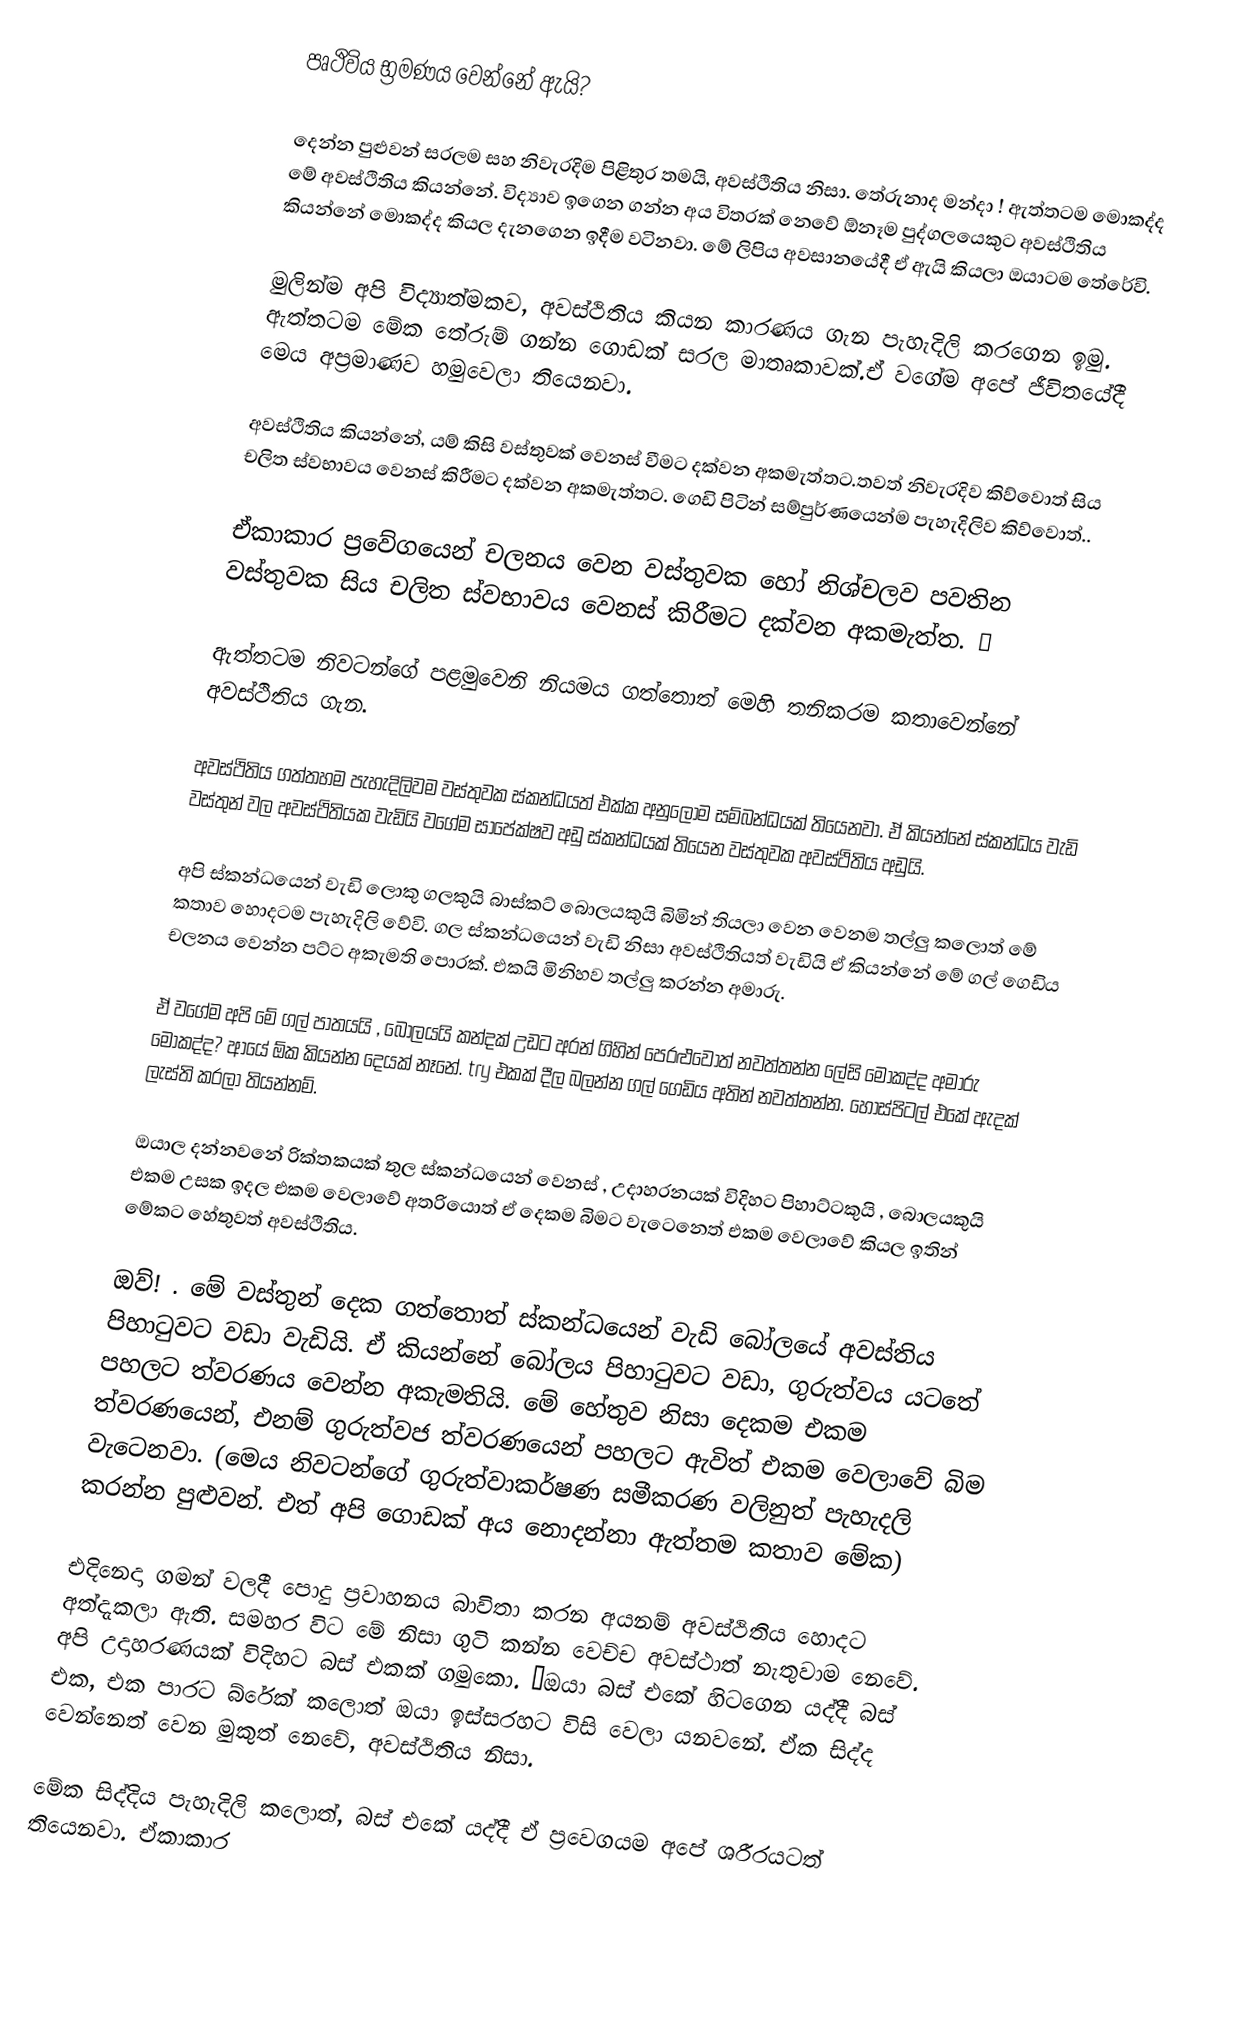
පෘථිවිය භ්‍රමණය වෙන්නේ ඇයි?

දෙන්න පුළුවන් සරලම සහ නිවැරදිම පිළිතුර තමයි, අවස්ථිතිය නිසා. තේරුනාද මන්දා ! ඇත්තටම මොකද්ද මේ අවස්ථිතිය කියන්නේ. විද්‍යාව ඉගෙන ගන්න අය විතරක් නෙවේ ඕනෑම පුද්ගලයෙකුට අවස්ථිතිය කියන්නේ මොකද්ද කියල දැනගෙන ඉදීම වටිනවා. මේ ලිපිය අවසානයේදී ඒ ඇයි කියලා ඔයාටම තේරේවි.

මුලින්ම අපි විද්‍යාත්මකව, අවස්ථිතිය කියන කාරණය ගැන පැහැදිලි කරගෙන ඉමු. ඇත්තටම මේක තේරුම් ගන්න ගොඩක් සරල මාතෘකාවක්.ඒ වගේම අපේ ජීවිතයේදී මෙය අප්‍රමාණව හමුවෙලා තියෙනවා.

අවස්ථිතිය කියන්නේ, යම් කිසි වස්තුවක් වෙනස් වීමට දක්වන අකමැත්තට.තවත් නිවැරදිව කිව්වොත් සිය චලිත ස්වභාවය වෙනස් කිරීමට දක්වන අකමැත්තට. ගෙඩි පිටින් සම්පුර්ණයෙන්ම පැහැදිලිව කිව්වොත්..

ඒකාකාර ප්‍රවේගයෙන් චලනය වෙන වස්තුවක හෝ නිශ්චලව පවතින වස්තුවක සිය චලිත ස්වභාවය වෙනස් කිරීමට දක්වන අකමැත්ත. ✍

ඇත්තටම නිවටන්ගේ පළමුවෙනි නියමය ගත්තොත් මෙහි තනිකරම කතාවෙන්නේ අවස්ථිතිය ගැන.

අවස්ථිතිය ගත්තහම පැහැදිලිවම වස්තුවක ස්කන්ධයත් එක්ක අනුලෝම සම්බන්ධයක් තියෙනවා. ඒ කියන්නේ ස්කන්ධය වැඩි වස්තුන් වල අවස්ථිතියක වැඩියි වගේම සාපේක්ෂව අඩු ස්කන්ධයක් තියෙන වස්තුවක අවස්ථිතිය අඩුයි.

අපි ස්කන්ධයෙන් වැඩි ලොකු ගලකුයි බාස්කට් බොලයකුයි බිමින් තියලා වෙන වෙනම තල්ලු කලොත් මේ කතාව හොදටම පැහැදිලි වේවි. ගල ස්කන්ධයෙන් වැඩි නිසා අවස්ථිතියත් වැඩියි ඒ කියන්නේ මේ ගල් ගෙඩිය චලනය වෙන්න පට්ට අකැමති පොරක්. එකයි මිනිහව තල්ලු කරන්න අමාරු.

ඒ වගේම අපි මේ ගල් පාතයයි , බෝලයයි කන්දක් උඩට අරන් ගිහින් පෙරළුවොත් නවත්තන්න ලේසි මොකද්ද අමාරු මොකද්ද? ආයේ ඕක කියන්න දෙයක් නෑනේ. try එකක් දීල බලන්න ගල් ගෙඩිය අතින් නවත්තන්න. හොස්පිටල් එකේ ඇදක් ලැස්ති කරලා තියන්නම්.

ඔයාල දන්නවනේ රික්තකයක් තුල ස්කන්ධයෙන් වෙනස් , උදාහරනයක් විදිහට පිහාට්ටකුයි , බොලයකුයි එකම උසක ඉදල එකම වෙලාවේ අතරියොත් ඒ දෙකම බිමට වැටෙනෙත් එකම වෙලාවේ කියල ඉතින් මේකට හේතුවත් අවස්ථිතිය.

ඔව්! . මේ වස්තුන් දෙක ගත්තොත් ස්කන්ධයෙන් වැඩි බෝලයේ අවස්තිය පිහාටුවට වඩා වැඩියි. ඒ කියන්නේ බෝලය පිහාටුවට වඩා, ගුරුත්වය යටතේ පහලට ත්වරණය වෙන්න අකැමතියි. මේ හේතුව නිසා දෙකම එකම ත්වරණයෙන්, එනම් ගුරුත්වජ ත්වරණයෙන් පහලට ඇවිත් එකම වෙලාවේ බිම වැටෙනවා. (මෙය නිවටන්ගේ ගුරුත්වාකර්ෂණ සමීකරණ වලිනුත් පැහැදලි කරන්න පුළුවන්. එත් අපි ගොඩක් අය නොදන්නා ඇත්තම කතාව මේක)

එදිනෙදා ගමන් වලදී පොදු ප්‍රවාහනය බාවිතා කරන අයනම් අවස්ථිතිය හොදට අත්දැකලා ඇති. සමහර විට මේ නිසා ගුටි කන්න වෙච්ච අවස්ථාත් නැතුවාම නෙවේ. අපි උදාහරණයක් විදිහට බස් එකක් ගමුකො. 🚌ඔයා බස් එකේ හිටගෙන යද්දී බස් එක, එක පාරට බ්රේක් කලොත් ඔයා ඉස්සරහට විසි වෙලා යනවනේ. ඒක සිද්ද වෙන්නෙත් වෙන මුකුත් නෙවේ, අවස්ථිතිය නිසා.

මේක සිද්දිය පැහැදිලි කලොත්, බස් එකේ යද්දී ඒ ප්‍රවෙගයම අපේ ශරීරයටත් තියෙනවා. ඒකාකාර